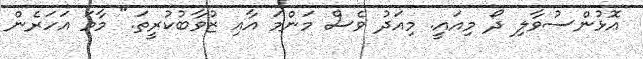
އޮޅުންސުވާލި ދޯ މިއައީ. މިއަދު ވެސް މަންމަ އާއި ޒުވާބުކުރީތަ." މާމަ އަހަރެން